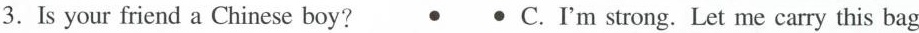
3.Is your friend a Chinese boy? • • C.I'm strong. Let me carry this bag